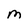
Character: M